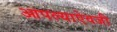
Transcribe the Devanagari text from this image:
आपल्याऐवजी